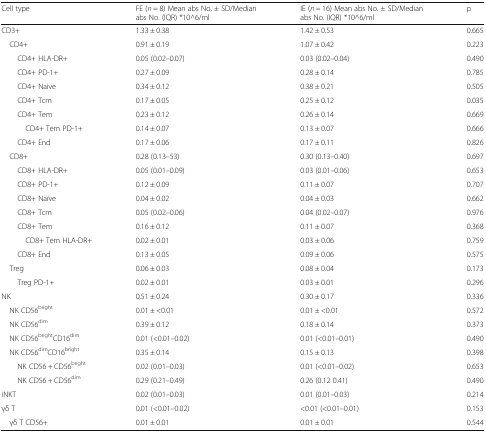
<table><thead><tr><td><b>Cell type</b></td><td><b>FE (<i>n</i> = 8) Mean abs No. ± SD/Median abs No. (IQR) *10^6/ml</b></td><td><b>IE (<i>n</i> = 16) Mean abs No. ± SD/Median abs No. (IQR) *10^6/ml</b></td><td><b>p</b></td></tr></thead><tbody><tr><td>CD3+</td><td>1.33 ± 0.38</td><td>1.42 ± 0.53</td><td>0.665</td></tr><tr><td> CD4+</td><td>0.91 ± 0.19</td><td>1.07 ± 0.42</td><td>0.223</td></tr><tr><td>CD4+ HLA-DR+</td><td>0.05 (0.02–0.07)</td><td>0.03 (0.02–0.04)</td><td>0.490</td></tr><tr><td>CD4+ PD-1+</td><td>0.27 ± 0.09</td><td>0.28 ± 0.14</td><td>0.785</td></tr><tr><td>CD4+ Naive</td><td>0.34 ± 0.12</td><td>0.38 ± 0.21</td><td>0.505</td></tr><tr><td>CD4+ Tcm</td><td>0.17 ± 0.05</td><td>0.25 ± 0.12</td><td>0.035</td></tr><tr><td>CD4+ Tem</td><td>0.23 ± 0.12</td><td>0.26 ± 0.14</td><td>0.669</td></tr><tr><td>CD4+ Tem PD-1+</td><td>0.14 ± 0.07</td><td>0.13 ± 0.07</td><td>0.666</td></tr><tr><td>CD4+ End</td><td>0.17 ± 0.06</td><td>0.17 ± 0.11</td><td>0.826</td></tr><tr><td> CD8+</td><td>0.28 (0.13–53)</td><td>0.30 (0.13–0.40)</td><td>0.697</td></tr><tr><td>CD8+ HLA-DR+</td><td>0.05 (0.01–0.09)</td><td>0.03 (0.01–0.06)</td><td>0.653</td></tr><tr><td>CD8+ PD-1+</td><td>0.12 ± 0.09</td><td>0.11 ± 0.07</td><td>0.707</td></tr><tr><td>CD8+ Naïve</td><td>0.04 ± 0.02</td><td>0.04 ± 0.03</td><td>0.662</td></tr><tr><td>CD8+ Tcm</td><td>0.05 (0.02–0.06)</td><td>0.04 (0.02–0.07)</td><td>0.976</td></tr><tr><td>CD8+ Tem</td><td>0.16 ± 0.12</td><td>0.11 ± 0.07</td><td>0.368</td></tr><tr><td>CD8+ Tem HLA-DR+</td><td>0.02 ± 0.01</td><td>0.03 ± 0.06</td><td>0.759</td></tr><tr><td>CD8+ End</td><td>0.13 ± 0.05</td><td>0.09 ± 0.06</td><td>0.575</td></tr><tr><td> Treg</td><td>0.06 ± 0.03</td><td>0.08 ± 0.04</td><td>0.173</td></tr><tr><td>Treg PD-1+</td><td>0.02 ± 0.01</td><td>0.03 ± 0.01</td><td>0.296</td></tr><tr><td>NK</td><td>0.51 ± 0.24</td><td>0.30 ± 0.17</td><td>0.336</td></tr><tr><td> NK CD56<sup>bright</sup></td><td>0.01 ± &lt;0.01</td><td>0.01 ± &lt;0.01</td><td>0.572</td></tr><tr><td> NK CD56<sup>dim</sup></td><td>0.39 ± 0.12</td><td>0.18 ± 0.14</td><td>0.373</td></tr><tr><td> NK CD56<sup>bright</sup>CD16<sup>dim</sup></td><td>0.01 (&lt;0.01–0.02)</td><td>0.01 (&lt;0.01–0.01)</td><td>0.490</td></tr><tr><td> NK CD56<sup>dim</sup>CD16<sup>bright</sup></td><td>0.35 ± 0.14</td><td>0.15 ± 0.13</td><td>0.398</td></tr><tr><td>NK CD56 + CD56<sup>bright</sup></td><td>0.02 (0.01–0.03)</td><td>0.01 (&lt;0.01–0.02)</td><td>0.653</td></tr><tr><td>NK CD56 + CD56<sup>dim</sup></td><td>0.29 (0.21–0.49)</td><td>0.26 (0.12 0.41)</td><td>0.490</td></tr><tr><td>iNKT</td><td>0.02 (0.01–0.03)</td><td>0.01 (0.01–0.03)</td><td>0.214</td></tr><tr><td>γδ T</td><td>0.01 (&lt;0.01–0.02)</td><td>&lt;0.01 (&lt;0.01–0.01)</td><td>0.153</td></tr><tr><td> γδ T CD56+</td><td>0.01 ± 0.01</td><td>0.01 ± 0.01</td><td>0.544</td></tr></tbody></table>